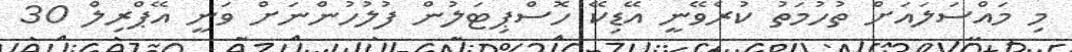
މި މައްސަލައަށް ތުހުމަތު ކުރެވޭނީ އޭޑިކޭ ހޮސްޕިޓަލުން ފުލުހުންނަށް ވަނީ އޭޕްރިލް 30